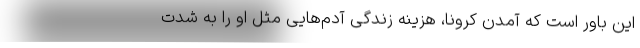
این باور است که آمدن کرونا، هزینه زندگی آدم‌هایی مثل او را به شدت